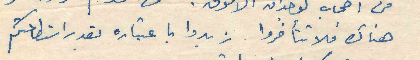
هناك فلا تتأخروا زيدوا باعتباره بقدر استطاعتكم